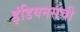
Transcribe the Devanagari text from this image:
इंडियनसची